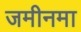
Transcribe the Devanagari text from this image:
जमीनमा